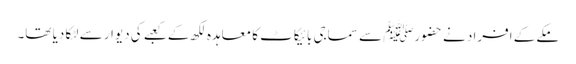
مکے کے افراد نے حضورﷺ سے سماجی بائیکاٹ کا معاہدہ لکھ کے کعبے کی دیوار سے لٹکا دیا تھا۔